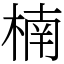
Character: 楠